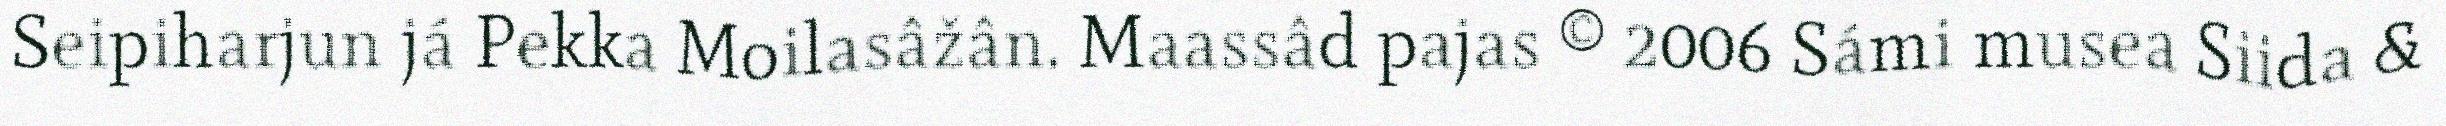
Seipiharjun já Pekka Moilasâžân. Maassâd pajas © 2006 Sámi musea Siida &